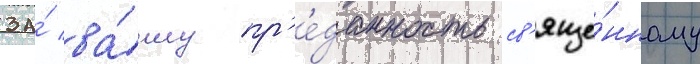
за́ ва́шу пр'е́данность св'яще́нному